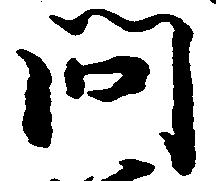
問